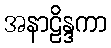
အနာဠိန္ဒကာ